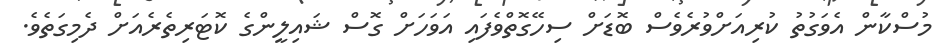
މުސްކާން އެވަގުތު ކުރިއަށްވުރެވެސް ބޮޑަށް ސިހޭގޮތްވެފައި އަވަހަށް ގޮސް ޝައިލީންގެ ކޮޓަރިތެރެއަށް ދެމިގަތެވެ.